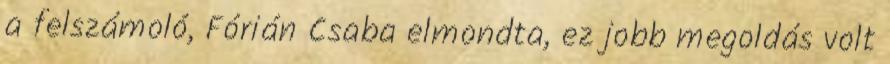
a felszámoló, Fórián Csaba elmondta, ez jobb megoldás volt